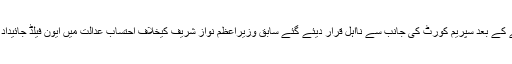
پاناما کیس میں غیر ملکی اقامہ منظر عام پر آنے کے بعد سپریم کورٹ کی جانب سے نااہل قرار دیئے گئے سابق وزیراعظم نواز شریف کیخلاف احتساب عدالت میں ایون فیلڈ جائیداد کی ملکیت سے متعلق ریفررنس دائر کیا گیا تھا۔